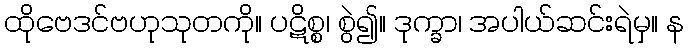
ထိုဗေဒင်ဗဟုသုတကို။ ပဋိစ္စ၊ စွဲ၍။ ဒုက္ခာ၊ အပါယ်ဆင်းရဲမှ။ န